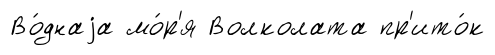
Во́днаjа мо́р'я Волколата пр'ито́к